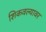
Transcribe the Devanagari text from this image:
शिकवल्यावर